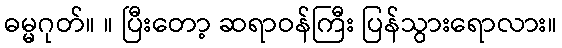
ဓမ္မဂုတ်။ ။ ပြီးတော့ ဆရာဝန်ကြီး ပြန်သွားရောလား။